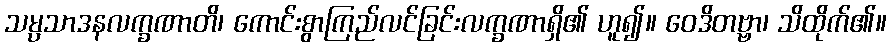
သမ္ပသာဒနလက္ခဏာတိ၊ ကောင်းစွာကြည်လင်ခြင်းလက္ခဏာရှိ၏ ဟူ၍။ ဝေဒိတဗ္ဗာ၊ သိထိုက်၏။